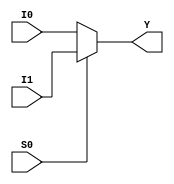
module m21_behavioral (
    I0, 
    I1, 
    S0, 
    Y
);

    input I0, I1, S0;
    output reg Y;

    always @(I0, I1, S0) begin
        if (S0) begin
            Y = I1;
        end
        else begin
            Y = I0;
        end
    end

endmodule